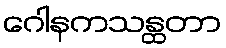
ဂေါနကသန္ထတာ